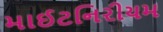
માઈટનિરીયમ